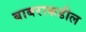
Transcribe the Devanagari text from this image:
बाबराकडील